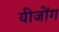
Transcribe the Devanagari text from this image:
यीजोंग